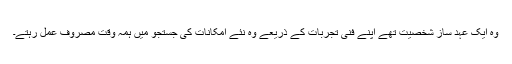
وہ ایک عہد ساز شخصیت تھے اپنے فنی تجربات کے ذریعے وہ نئے امکانات کی جستجو میں ہمہ وقت مصروف عمل رہتے۔